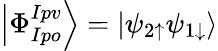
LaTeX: \left|\Phi_{Ipo}^{Ipv}\right>=\left|\psi_{2\uparrow}\psi_{1\downarrow}\right>